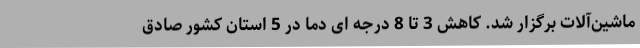
ماشین‌آلات برگزار شد. کاهش 3 تا 8 درجه ای دما در 5 استان کشور صادق